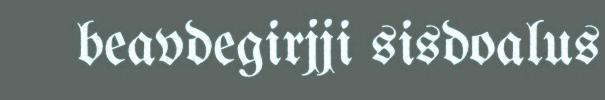
beavdegirjji sisdoalus